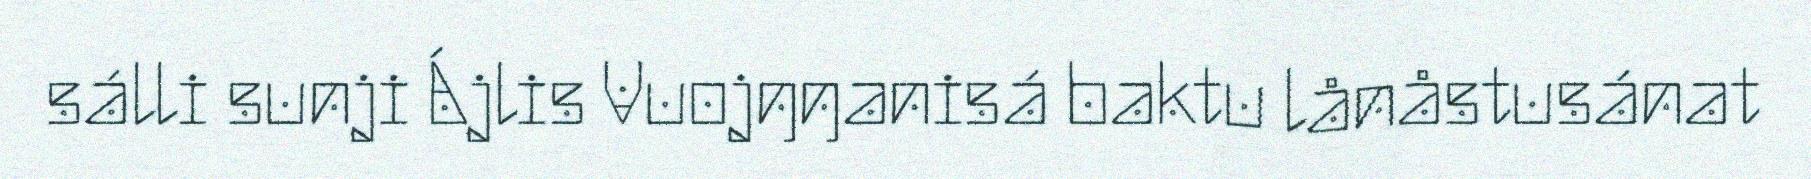
sálli sunji Ájlis Vuojŋŋanisá baktu lånåstusánat